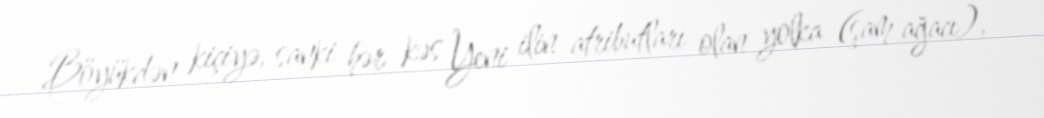
Böyükdən kiçiyə, sanki hər kəs Yeni ilin atributları olan yolka (şam ağacı),